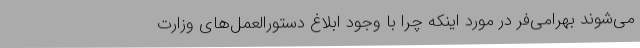
می‌شوند بهرامی‌فر در مورد اینکه چرا با وجود ابلاغ دستورالعمل‌های وزارت